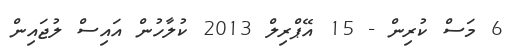
6 މަސް ކުރިން - 15 އޭޕްރިލް 2013 ކުލާހުން އައިސް ލުޖައިން